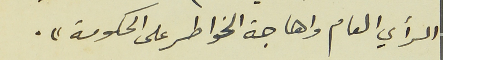
الرأي العام واهاجة الخواطر على الحكومة".